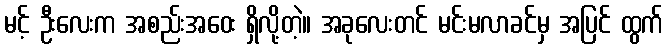
မင့် ဦးလေးက အစည်းအဝေး ရှိလို့တဲ့။ အခုလေးတင် မင်းမလာခင်မှ အပြင် ထွက်